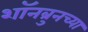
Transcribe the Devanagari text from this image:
शॉनब्रुनच्या